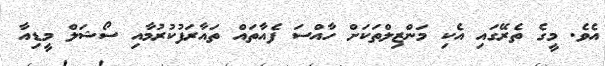
އެވެ. މީގެ ތެރޭގައި އެކި މަންޒިލްތަކަށް ހާއްސަ ފެއާތައް ތައާރަފުކުރުމާއި ސޯޝަލް މީޑިއާ